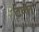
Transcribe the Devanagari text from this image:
टना